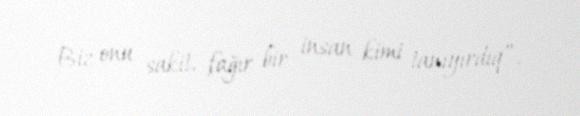
Biz onu sakit, fağır bir insan kimi tanıyırdıq”.